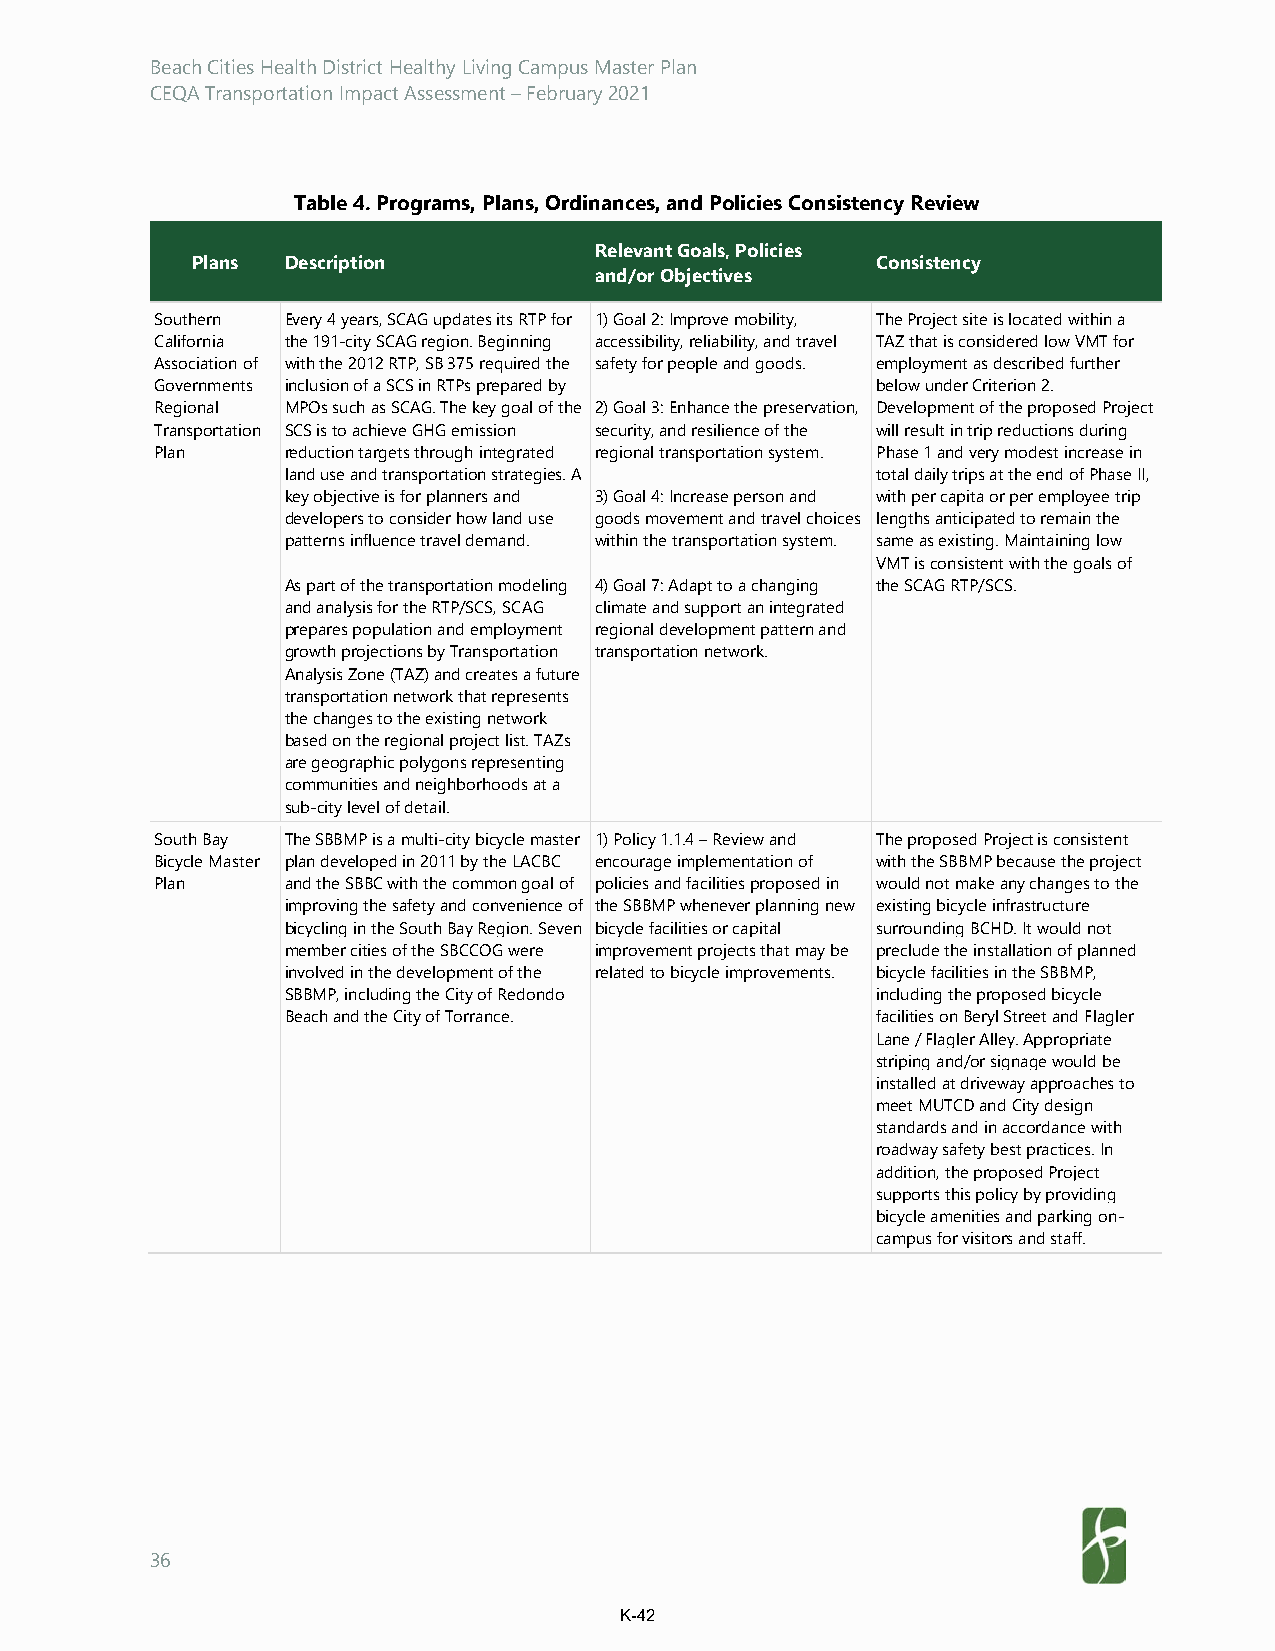
Beach Cities Health District Healthy Living Campus Master Plan
 CEQA Transportation Impact Assessment – February 2021
 Table 4. Programs, Plans, Ordinances, and Policies Consistency Review
 Relevant Goals, Policies
 Plans Description                            Consistency
 and/or Objectives
 Southern Every 4 years, SCAG updates its RTP for 1) Goal 2: Improve mobility, The Project site is located within a
 California the 191-city SCAG region. Beginning accessibility, reliability, and travel TAZ that is considered low VMT for
 Association of with the 2012 RTP, SB 375 required the safety for people and goods. employment as described further
 Governments inclusion of a SCS in RTPs prepared by below under Criterion 2.
 Regional MPOs such as SCAG. The key goal of the 2) Goal 3: Enhance the preservation, Development of the proposed Project
 Transportation SCS is to achieve GHG emission security, and resilience of the will result in trip reductions during
 Plan     reduction targets through integrated regional transportation system. Phase 1 and very modest increase in
 land use and transportation strategies. A total daily trips at the end of Phase II,
 key objective is for planners and 3) Goal 4: Increase person and with per capita or per employee trip
 developers to consider how land use goods movement and travel choices lengths anticipated to remain the
 patterns influence travel demand. within the transportation system. same as existing. Maintaining low
 VMT is consistent with the goals of
 As part of the transportation modeling 4) Goal 7: Adapt to a changing the SCAG RTP/SCS.
 and analysis for the RTP/SCS, SCAG climate and support an integrated
 prepares population and employment regional development pattern and
 growth projections by Transportation transportation network.
 Analysis Zone (TAZ) and creates a future
 transportation network that represents
 the changes to the existing network
 based on the regional project list. TAZs
 are geographic polygons representing
 communities and neighborhoods at a
 sub-city level of detail.
 South Bay The SBBMP is a multi-city bicycle master 1) Policy 1.1.4 – Review and The proposed Project is consistent
 Bicycle Master plan developed in 2011 by the LACBC encourage implementation of with the SBBMP because the project
 Plan     and the SBBC with the common goal of policies and facilities proposed in would not make any changes to the
 improving the safety and convenience of the SBBMP whenever planning new existing bicycle infrastructure
 bicycling in the South Bay Region. Seven bicycle facilities or capital surrounding BCHD. It would not
 member cities of the SBCCOG were improvement projects that may be preclude the installation of planned
 involved in the development of the related to bicycle improvements. bicycle facilities in the SBBMP,
 SBBMP, including the City of Redondo   including the proposed bicycle
 Beach and the City of Torrance.        facilities on Beryl Street and Flagler
 Lane / Flagler Alley. Appropriate
 striping and/or signage would be
 installed at driveway approaches to
 meet MUTCD and City design
 standards and in accordance with
 roadway safety best practices. In
 addition, the proposed Project
 supports this policy by providing
 bicycle amenities and parking on-
 campus for visitors and staff.
 36
 K-42